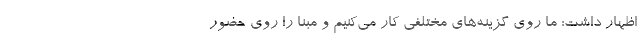
اظهار داشت: ما روی گزینه‌های مختلفی کار می‌کنیم و مبنا را روی حضور